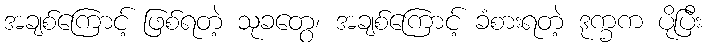
အချစ်ကြောင့် ဖြစ်ရတဲ့ သုခတွေ၊ အချစ်ကြောင့် ခံစားရတဲ့ ဒုက္ခက ပိုပြီး